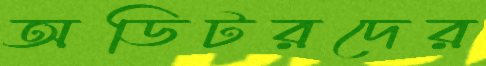
অডিটরদের